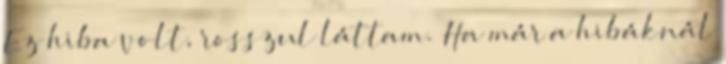
Ez hiba volt, rosszul láttam. Ha már a hibáknál